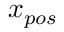
x _ { p o s }